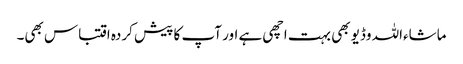
ماشاءاللہ وڈیو بھی بہت اچھی ہے اور آپ کا پیش کردہ اقتباس بھی۔